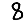
Digit: 8